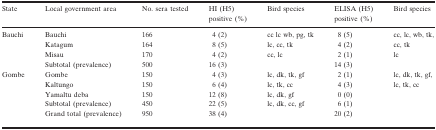
<table><thead><tr><td><b>State</b></td><td><b>Local government area</b></td><td><b>No. sera tested</b></td><td><b>HI (H5) positive (%)</b></td><td><b>Bird species</b></td><td><b>ELISA (H5) positive (%)</b></td><td><b>Bird species</b></td></tr></thead><tbody><tr><td rowspan="4">Bauchi</td><td>Bauchi</td><td>166</td><td>4 (2)</td><td>cc lc wb, pg, tk</td><td>8 (5)</td><td>cc, lc, wb, tk,</td></tr><tr><td>Katagum</td><td>164</td><td>8 (5)</td><td>lc, cc, tk</td><td>4 (2)</td><td>cc, tk</td></tr><tr><td>Misau</td><td>170</td><td>4 (2)</td><td>cc, lc</td><td>2 (1)</td><td>lc</td></tr><tr><td>Subtotal (prevalence)</td><td>500</td><td>16 (3)</td><td></td><td>14 (3)</td><td></td></tr><tr><td rowspan="4">Gombe</td><td>Gombe</td><td>150</td><td>4 (3)</td><td>lc, dk, tk, gf</td><td>2 (1)</td><td>lc, dk, tk, gf,</td></tr><tr><td>Kaltungo</td><td>150</td><td>6 (4)</td><td>lc, tk, cc</td><td>4 (3)</td><td>lc, tk, cc</td></tr><tr><td>Yamaltu deba</td><td>150</td><td>12 (8)</td><td>lc, dk, gf</td><td>0 (0)</td><td></td></tr><tr><td>Subtotal (prevalence)</td><td>450</td><td>22 (5)</td><td>lc, dk, cc, gf</td><td>6 (1)</td><td></td></tr><tr><td></td><td>Grand total (prevalence)</td><td>950</td><td>38 (4)</td><td></td><td>20 (2)</td><td></td></tr></tbody></table>